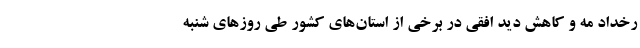
رخداد مه و کاهش دید افقی در برخی از استان‌های کشور طی روزهای شنبه